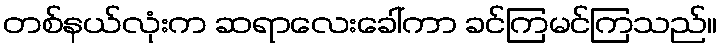
တစ်နယ်လုံးက ဆရာလေးခေါ်ကာ ခင်ကြမင်ကြသည်။